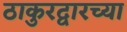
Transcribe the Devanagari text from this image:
ठाकुरद्वारच्या